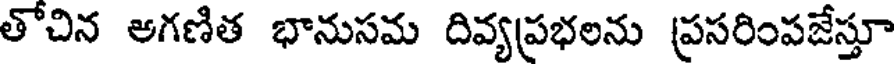
తొచిన అగణిత భానుసమ దివ్యప్రభలను ప్రసరింపజేస్తూ